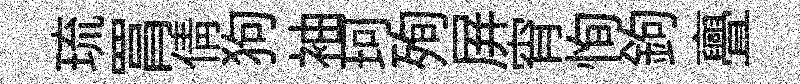
琉罥倩狗袖珂殉屛宵恂鉤亹